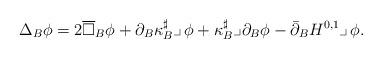
LaTeX: \begin{align*}\Delta_B\phi = 2\overline\square_B\phi +\partial_B \kappa_B^\sharp\lrcorner\,\phi+ \kappa_B^\sharp\lrcorner \partial_B\phi -\bar\partial_B H^{0,1}\lrcorner\,\phi.\end{align*}